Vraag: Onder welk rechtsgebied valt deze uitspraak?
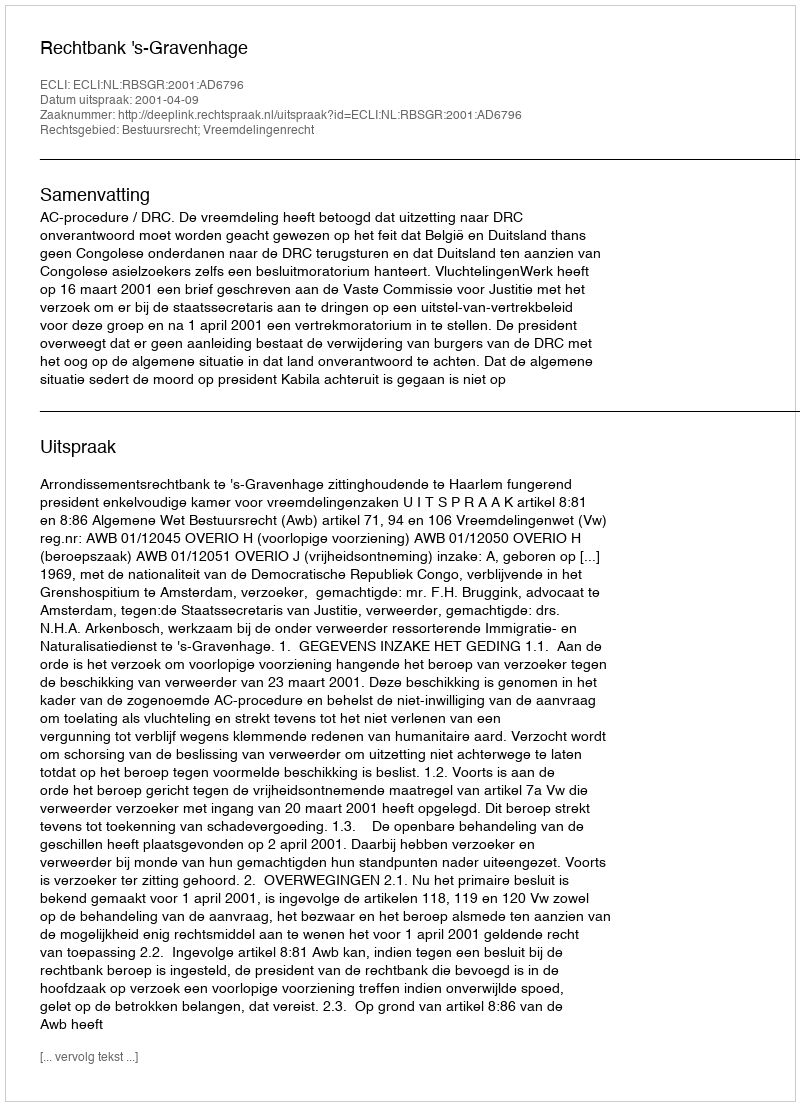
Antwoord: Bestuursrecht; Vreemdelingenrecht